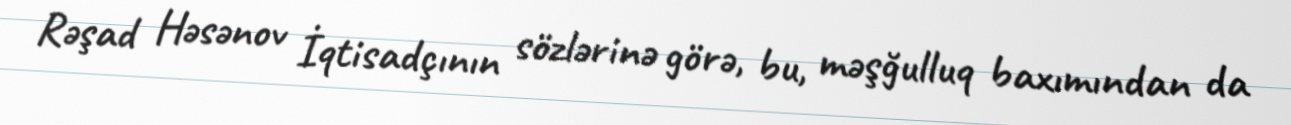
Rəşad Həsənov İqtisadçının sözlərinə görə, bu, məşğulluq baxımından da